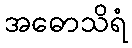
အဓောသိရံ